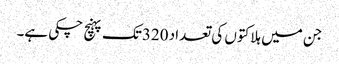
جن میں ہلاکتوں کی تعداد 320تک پہنچ چکی ہے۔